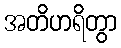
အတိဟရိတွာ